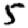
Digit: 5